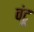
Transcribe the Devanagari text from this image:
वंटू